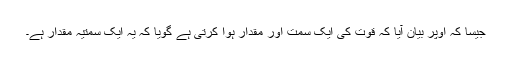
جیسا کہ اوپر بیان آیا کہ قوت کی ایک سمت اور مقدار ہوا کرتی ہے گویا کہ یہ ایک سمتیہ مقدار ہے۔